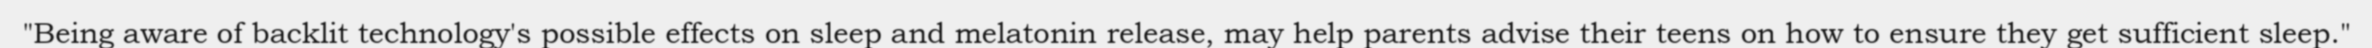
"Being aware of backlit technology's possible effects on sleep and melatonin release, may help parents advise their teens on how to ensure they get sufficient sleep."